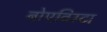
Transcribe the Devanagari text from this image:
बोएविस्टा